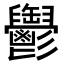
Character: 𩰪